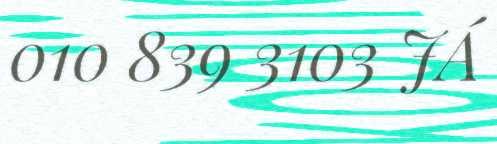
010 839 3103 JÁ